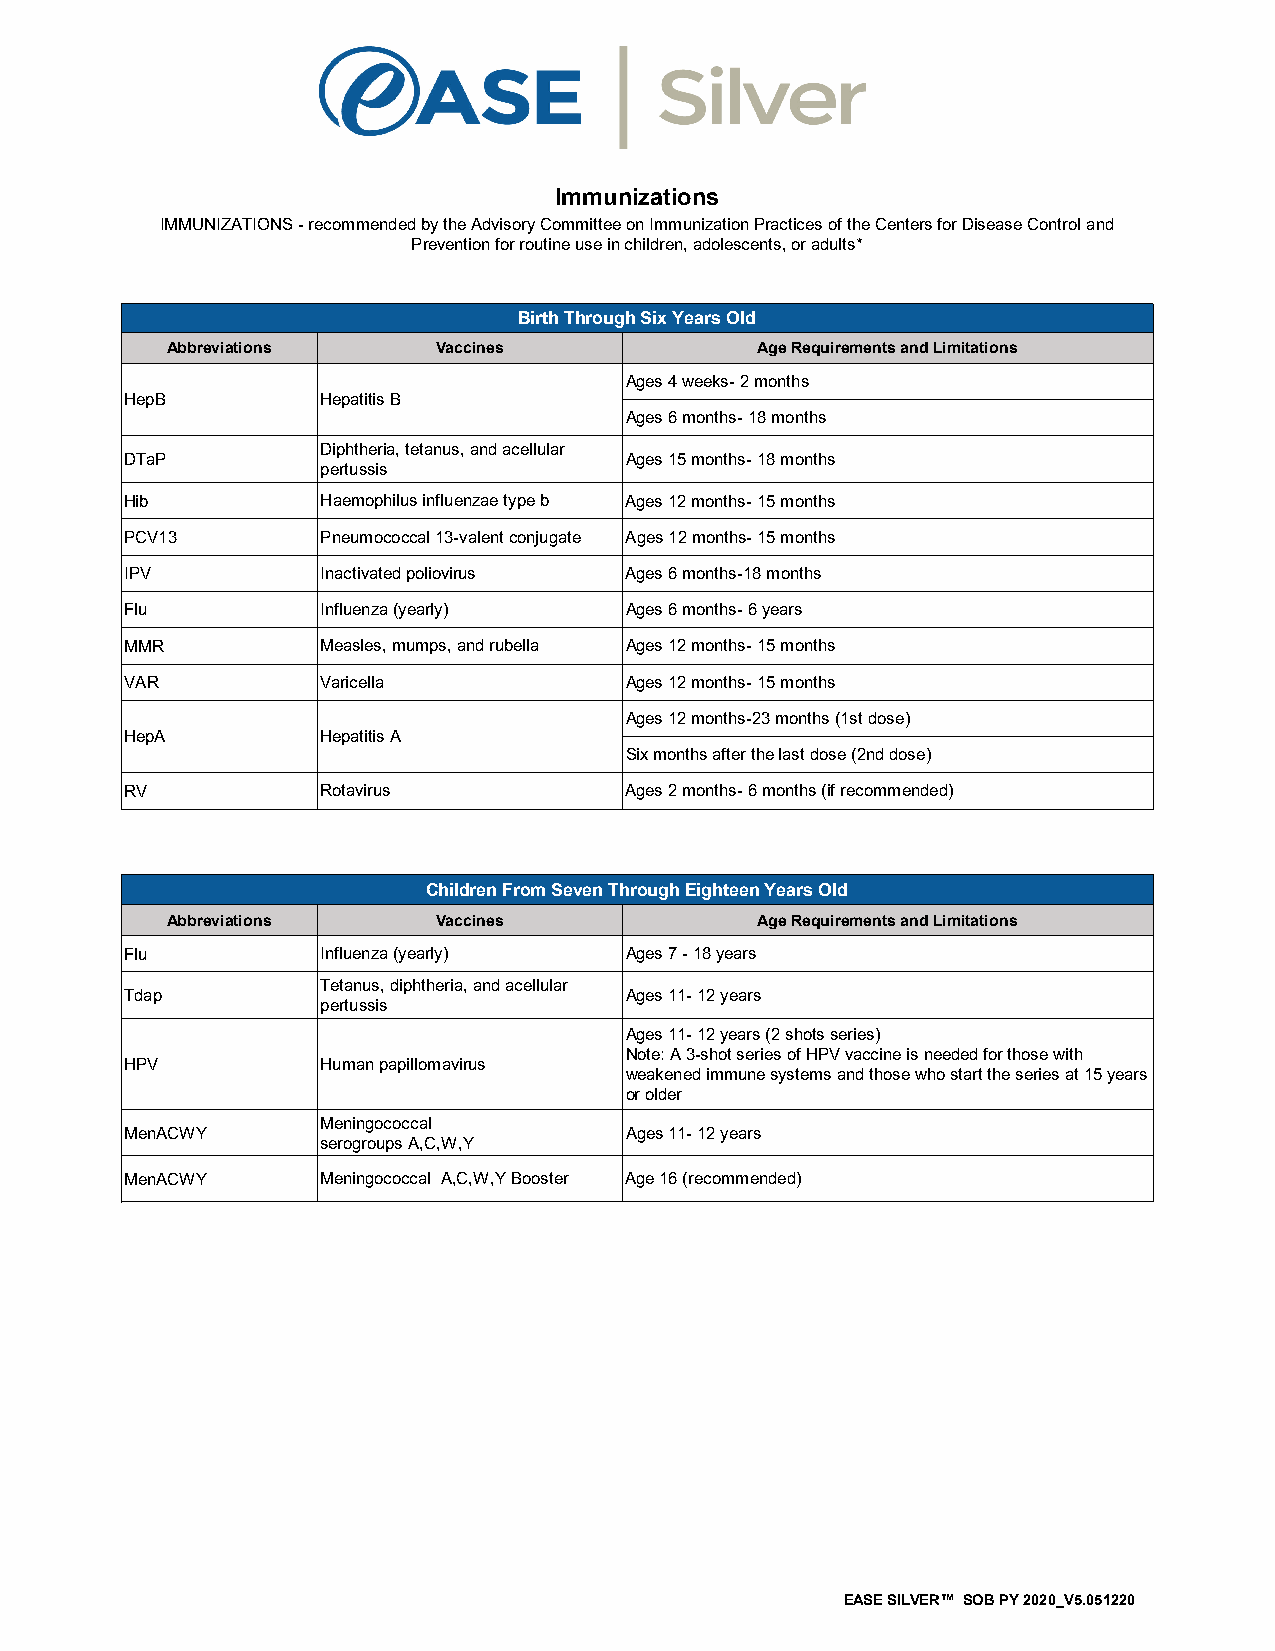
Immunizations
 IMMUNIZATIONS - recommended by the Advisory Committee on Immunization Practices of the Centers for Disease Control and
 Prevention for routine use in children, adolescents, or adults*
 Birth Through Six Years Old
 Abbreviations     Vaccines             Age Requirements and Limitations
 Ages 4 weeks- 2 months
 HepB         Hepatitis B
 Ages 6 months- 18 months
 Diphtheria, tetanus, and acellular
 DTaP                             Ages 15 months- 18 months
 pertussis
 Hib          Haemophilus influenzae type b Ages 12 months- 15 months
 PCV13        Pneumococcal 13-valent conjugate Ages 12 months- 15 months
 IPV          Inactivated poliovirus Ages 6 months-18 months
 Flu          Influenza (yearly)  Ages 6 months- 6 years
 MMR          Measles, mumps, and rubella Ages 12 months- 15 months
 VAR          Varicella           Ages 12 months- 15 months
 Ages 12 months-23 months (1st dose)
 HepA         Hepatitis A
 Six months after the last dose (2nd dose)
 RV           Rotavirus           Ages 2 months- 6 months (if recommended)
 Children From Seven Through Eighteen Years Old
 Abbreviations     Vaccines             Age Requirements and Limitations
 Flu          Influenza (yearly)  Ages 7 - 18 years
 Tetanus, diphtheria, and acellular
 Tdap                             Ages 11- 12 years
 pertussis
 Ages 11- 12 years (2 shots series)
 Note: A 3-shot series of HPV vaccine is needed for those with
 HPV          Human papillomavirus
 weakened immune systems and those who start the series at 15 years
 or older
 Meningococcal
 MenACWY                          Ages 11- 12 years
 serogroups A,C,W,Y
 MenACWY      Meningococcal A,C,W,Y Booster Age 16 (recommended)
 EASE SILVER™ SOB PY 2020_V5.051220